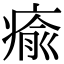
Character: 瘉